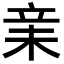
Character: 𣐽